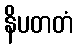
နိပတတံ